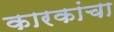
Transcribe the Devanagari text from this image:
कारकांचा